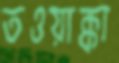
তওয়াক্কা